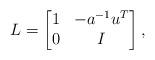
LaTeX: \begin{align*}L=\begin{bmatrix}1 & -a^{-1}u^T\\0 & I\end{bmatrix},\end{align*}